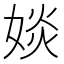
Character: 婒